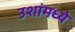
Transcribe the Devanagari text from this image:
उशांमध्ये